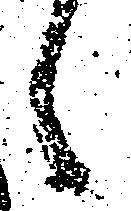
候